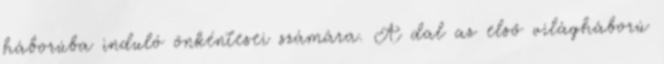
háborúba induló önkéntesei számára. A dal az első világháború